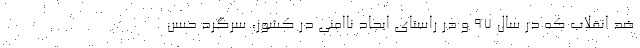
ضد انقلاب که در سال ۹۷ و در راستای ایجاد ناامنی در کشور، سرگرد حسن